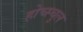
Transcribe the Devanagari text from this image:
होच्स्चुल